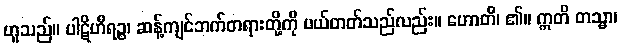
ဟူသည်။ ပါဋိဟီရဉ္စ၊ ဆန့်ကျင်ဘက်တရားတို့ကို ပယ်တတ်သည်လည်း။ ဟောတိ၊ ၏။ ဣတိ တသ္မာ၊